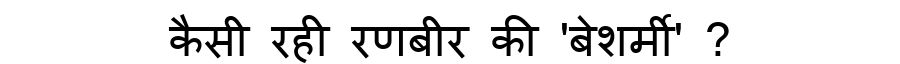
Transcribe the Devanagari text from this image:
कैसी रही रणबीर की 'बेशर्मी' ?